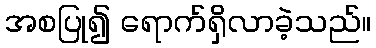
အစပြု၍ ရောက်ရှိလာခဲ့သည်။